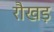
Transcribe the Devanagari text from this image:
रौखड़